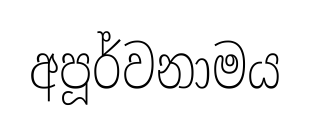
අපූර්වනාමය